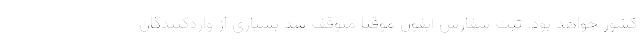
کشور خواهد بود. ثبت سفارش آیفون موقتاً متوقف شد بسیاری از واردکنندگان